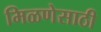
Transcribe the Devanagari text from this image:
मिळणेसाठी